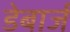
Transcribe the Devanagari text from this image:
डेबार्ज